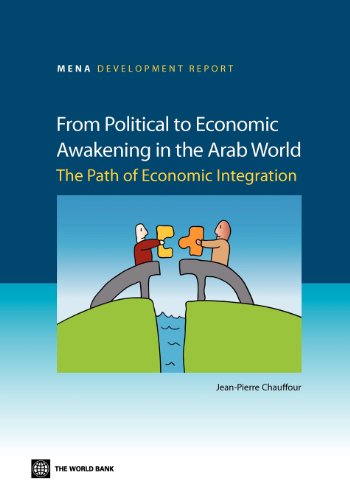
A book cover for From Political to Economic Awakening in the Arab World: The Path of Economic Integration (MENA Development Report); Business & Money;